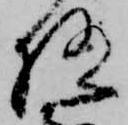
極